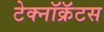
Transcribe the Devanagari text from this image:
टेक्नॉक्रॅटस